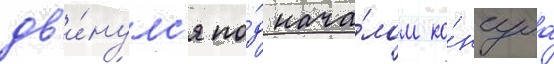
дв'и́нулс'я по́д нача́лом ко́нсула